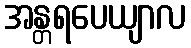
အန္တရပေယျာလ